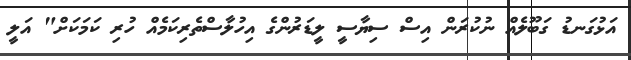
އަޅުގަނޑު ގަބޫލެއް ނުކުރަން އިސް ސިޔާސީ ލީޑަރުންގެ އިހުލާސްތެރިކަމެއް ހުރި ކަމަކަށް" އަލީ